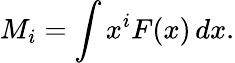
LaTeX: M_{i}=\int x^{i}F(x)\, dx.